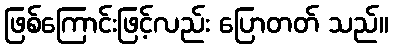
ဖြစ်ကြောင်းဖြင့်လည်း ပြောတတ် သည်။